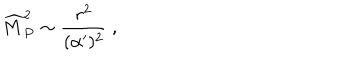
LaTeX: { \widehat M } _ { P } ^ { 2 } \sim { \frac { r ^ { 2 } } { ( \alpha ^ { \prime } ) ^ { 2 } } } ~ ,